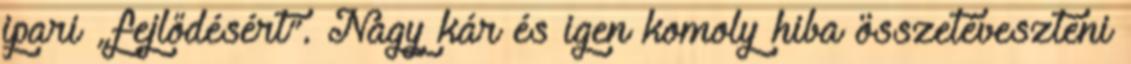
ipari „fejlődésért”. Nagy kár és igen komoly hiba összetéveszteni